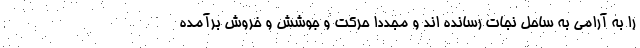
را به آرامی به ساحل نجات رسانده اند و مجدداً حرکت و جوشش و خروش برآمده